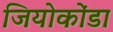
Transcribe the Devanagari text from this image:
जियोकोंडा